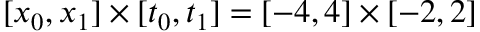
[ x _ { 0 } , x _ { 1 } ] \times [ t _ { 0 } , t _ { 1 } ] = [ - 4 , 4 ] \times [ - 2 , 2 ]